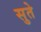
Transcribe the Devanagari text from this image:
सुते